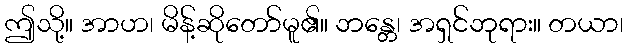
ဤသို့။ အာဟ၊ မိန့်ဆိုတော်မူ၏။ ဘန္တေ၊ အရှင်ဘုရား။ တယာ၊